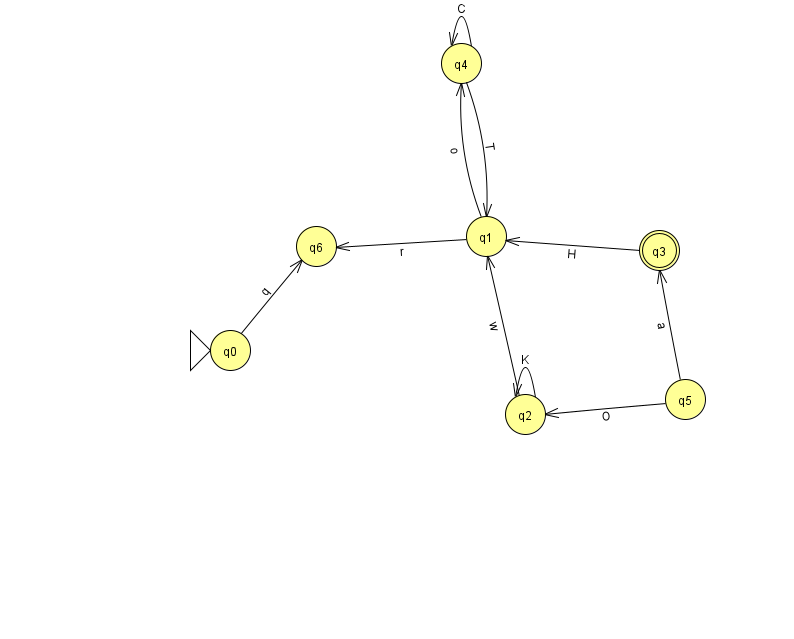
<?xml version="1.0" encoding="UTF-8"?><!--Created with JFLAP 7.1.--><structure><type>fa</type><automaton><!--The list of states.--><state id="0" name="q0"><x>230.0</x><y>337.0</y><initial/></state><state id="1" name="q1"><x>486.0</x><y>223.0</y></state><state id="2" name="q2"><x>525.0</x><y>401.0</y></state><state id="3" name="q3"><x>659.0</x><y>237.0</y><final/></state><state id="4" name="q4"><x>461.0</x><y>50.0</y></state><state id="5" name="q5"><x>685.0</x><y>386.0</y></state><state id="6" name="q6"><x>316.0</x><y>233.0</y></state><!--The list of transitions.--><transition><from>4</from><to>4</to><read>C</read></transition><transition><from>4</from><to>1</to><read>T</read></transition><transition><from>3</from><to>1</to><read>H</read></transition><transition><from>5</from><to>3</to><read>a</read></transition><transition><from>2</from><to>2</to><read>K</read></transition><transition><from>2</from><to>1</to><read>w</read></transition><transition><from>0</from><to>6</to><read>q</read></transition><transition><from>1</from><to>4</to><read>o</read></transition><transition><from>5</from><to>2</to><read>O</read></transition><transition><from>1</from><to>6</to><read>r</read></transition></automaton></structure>